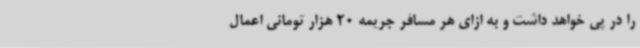
را در پی خواهد داشت و به ازای هر مسافر جریمه 20 هزار تومانی اعمال